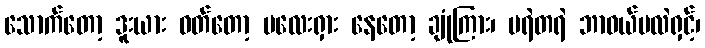
သောက်တော့ ဒူးယား ဝတ်တော့ မလေးရှား နေတော့ ချုံကြား၊ မရဲတရဲ ဘာဝယ်မလဲရှင့်၊